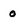
Character: o